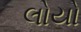
લોયો